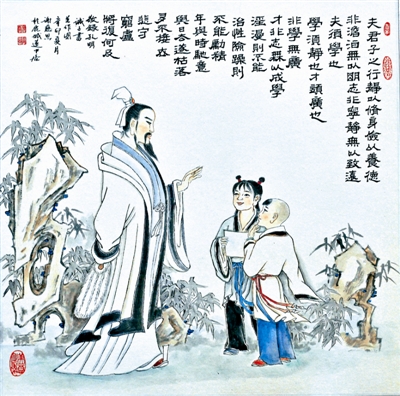
上之为政，得下之情则治，不得下之情则乱。